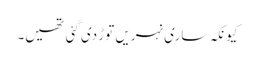
کیونکہ ساری نہریں توڑ دی گئی تھیں۔